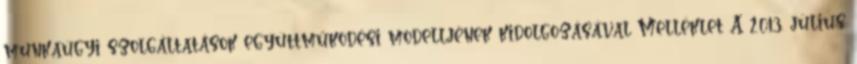
munkaügyi szolgáltatások együttműködési modelljének kidolgozásával Melléklet A 2013. július